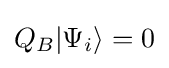
Q_{B}|\Psi _{i}\rangle =0